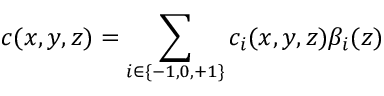
c ( x , y , z ) = \sum _ { i \in \{ - 1 , 0 , + 1 \} } c _ { i } ( x , y , z ) \beta _ { i } ( z )